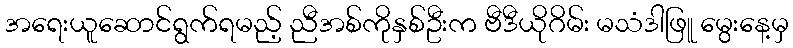
အရေးယူဆောင်ရွက်ရမည့် ညီအစ်ကိုနှစ်ဦးက ဗီဒီယိုဂိမ်း မသံဒါဖြူ မွေးနေ့မှ